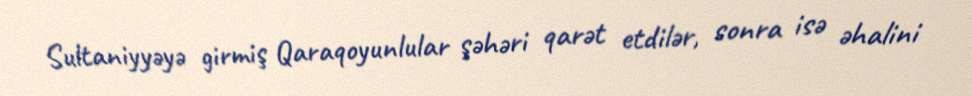
Sultaniyyəyə girmiş Qaraqoyunlular şəhəri qarət etdilər, sonra isə əhalini